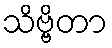
သိဗ္ဗိတာ